Indian journal of veterinary science and animal husbandry - Volume 6,
Year: 1936
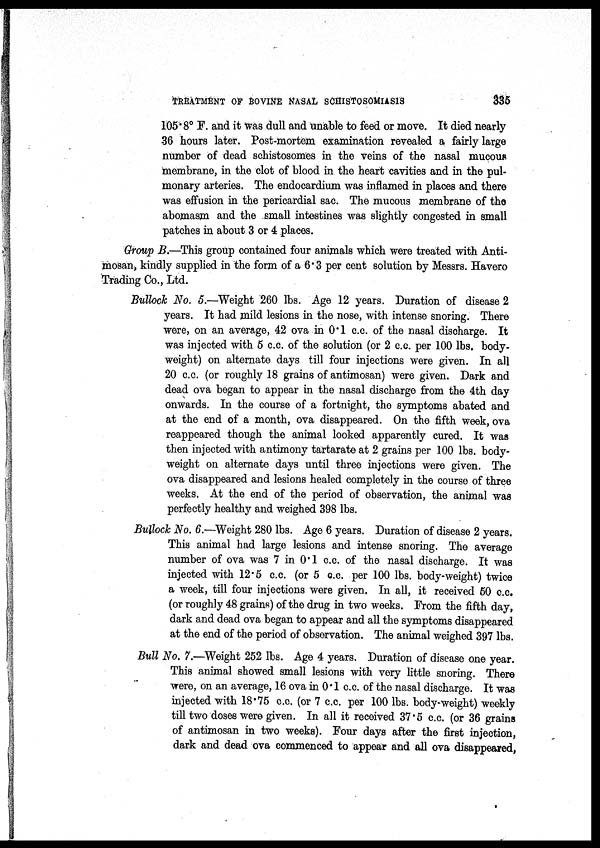
TREATMENT OF BOVINE NASAL SCHISTOSOMIASIS
335
105.8° F. and it was dull and unable to feed or move. It died nearly
36 hours later. Post-mortem examination revealed a fairly large
number of dead schistosomes in the veins of the nasal mucous
membrane, in the clot of blood in the heart cavities and in the pul-
monary arteries. The endocardium was inflamed in places and there
was effusion in the pericardial sac. The mucous membrane of the
abomasm and the small intestines was slightly congested in small
patches in about 3 or 4 places.
Group B.—This group contained four animals which were treated with Anti¬
mosan, kindly supplied in the form of a 6.3 per cent solution by Messrs. Havero
Trading Co., Ltd.
Bullock No. 5.—Weight 260 lbs. Age 12 years. Duration of disease 2
years. It had mild lesions in the nose, with intense snoring. There
were, on an average, 42 ova in 0.1 c.c. of the nasal discharge. It
was injected with 5 c.c. of the solution (or 2 c.c. per 100 lbs. body-
weight) on alternate days till four injections were given. In all
20 c.c. (or roughly 18 grains of antimosan) were given. Dark and
dead ova began to appear in the nasal discharge from the 4th day
onwards. In the course of a fortnight, the symptoms abated and
at the end of a month, ova disappeared. On the fifth week, ova
reappeared though the animal looked apparently cured. It was
then injected with antimony tartarate at 2 grains per 100 lbs. body-
weight on alternate days until three injections were given. The
ova disappeared and lesions healed completely in the course of three
weeks. At the end of the period of observation, the animal was
perfectly healthy and weighed 398 lbs.
Bullock No. 6.—Weight 280 lbs. Age 6 years. Duration of disease 2 years.
This animal had large lesions and intense snoring. The average
number of ova was 7 in 0.1 c.c. of the nasal discharge. It was
injected with 12.5 c.c. (or 5 c.c. per 100 lbs. body-weight) twice
a week, till four injections were given. In all, it received 50 c.c.
(or roughly 48 grains) of the drug in two weeks. From the fifth day,
dark and dead ova began to appear and all the symptoms disappeared
at the end of the period of observation. The animal weighed 397 lbs.
Bull No. 7.—Weight 252 lbs. Age 4 years. Duration of disease one year.
This animal showed small lesions with very little snoring. There
were, on an average, 16 ova in 0.1 c.c. of the nasal discharge. It was
injected with 18.75 c.c. (or 7 c.c. per 100 lbs. body-weight) weekly
till two doses were given. In all it received 37.5 c.c. (or 36 grains
of antimosan in two weeks). Four days after the first injection,
dark and dead ova commenced to appear and all ova disappeared,